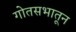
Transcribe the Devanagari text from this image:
गोतसभातून